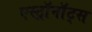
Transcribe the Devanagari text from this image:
एस्ट्राॅनाॅट्स